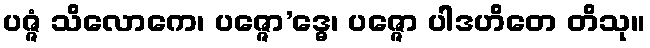
ပဇ္ဇံ သိလောကေ၊ ပဇ္ဇော’ဒ္ဓေ၊ ပဇ္ဇော ပါဒဟိတေ တိသု။